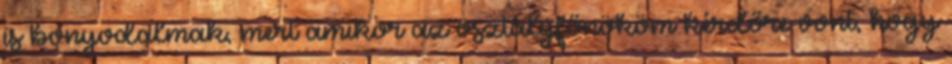
is bonyodalmak, mert amikor az osztályfőnököm kérdőre vont, hogy